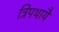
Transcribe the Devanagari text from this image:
त्रिपथायै